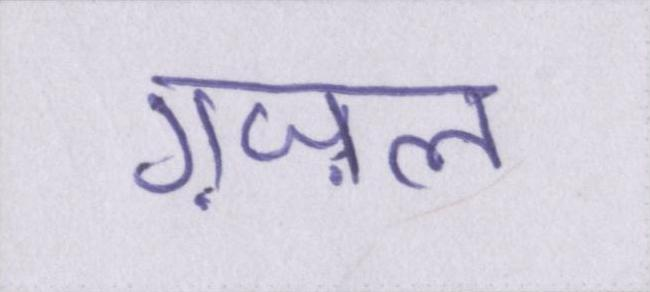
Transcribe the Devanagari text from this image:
ग़ज़ल